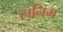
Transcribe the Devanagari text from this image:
हानिम